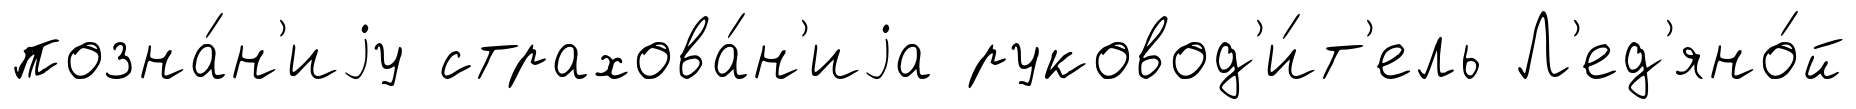
позна́н'иjу страхова́н'иjа руковод'и́т'ель Л'ед'яно́й